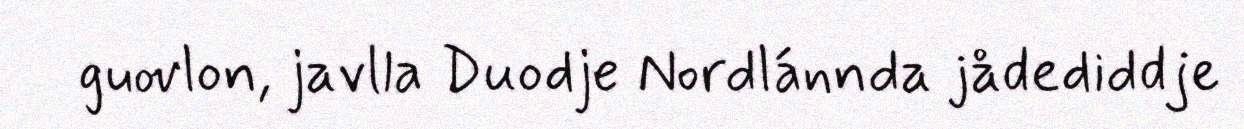
guovlon, javlla Duodje Nordlánnda jådediddje